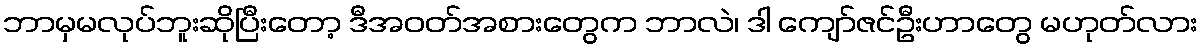
ဘာမှမလုပ်ဘူးဆိုပြီးတော့ ဒီအဝတ်အစားတွေက ဘာလဲ၊ ဒါ ကျော်ဇင်ဦးဟာတွေ မဟုတ်လား